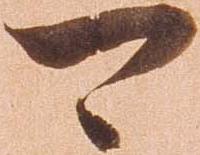
可